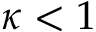
\kappa < 1